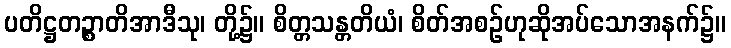
ပတိဋ္ဌတဉ္စာတိအာဒီသု၊ တို့၌။ စိတ္တသန္တတိယံ၊ စိတ်အစဉ်ဟုဆိုအပ်သောအနက်၌။